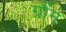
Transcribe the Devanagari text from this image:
ग्रौंग